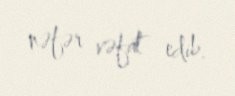
nəfər vəfat edib.